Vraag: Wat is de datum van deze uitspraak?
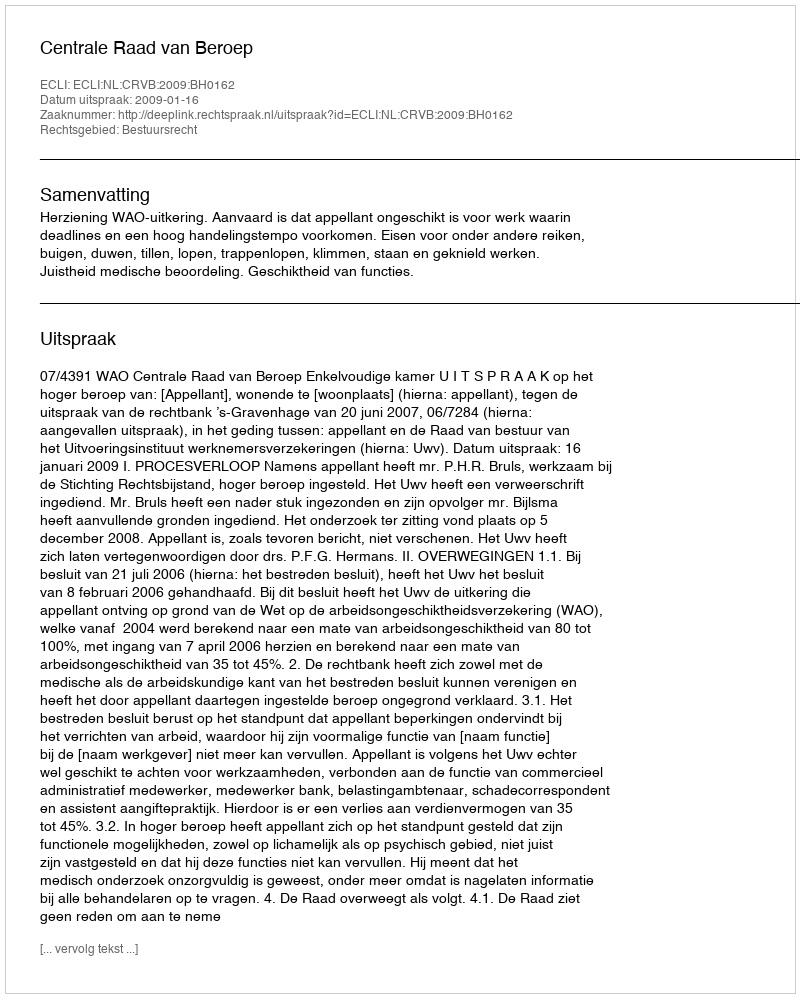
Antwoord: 2009-01-16